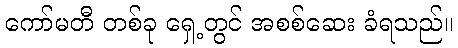
ကော်မတီ တစ်ခု ရှေ့တွင် အစစ်ဆေး ခံရသည်။